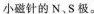
小磁针的N.S极。